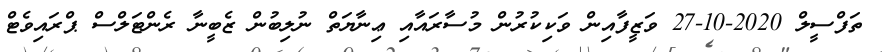
ތަފްސީލް 2020-10-27 ވަޒީފާއިން ވަކިކުރުން މުސާރައާއި ޢިނާޔަތް ނުލިބުން ޒެބީނާ ރެންޓަލްސް ޕްރައިވެޓް